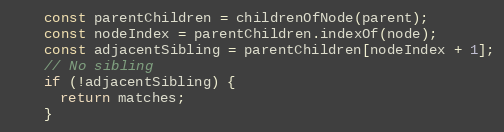
Language: JavaScript
    const parentChildren = childrenOfNode(parent);
    const nodeIndex = parentChildren.indexOf(node);
    const adjacentSibling = parentChildren[nodeIndex + 1];
    // No sibling
    if (!adjacentSibling) {
      return matches;
    }